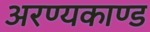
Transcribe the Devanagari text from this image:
अरण्‍यकाण्‍ड